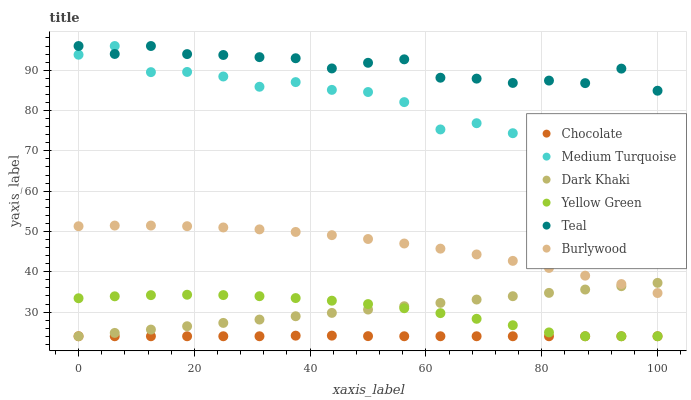
| xaxis_label | Chocolate | Medium Turquoise | Dark Khaki | Yellow Green | Teal | Burlywood |
 | --- | --- | --- | --- | --- | --- | --- |
 | 0 | 24 | 93.8 | 24 | 33.4 | 96 | 51.3 |
 | 6.25 | 24 | 96 | 24.8 | 33.9 | 94 | 51.5 |
 | 12.5 | 24 | 89.5 | 25.7 | 34.2 | 96 | 51.5 |
 | 18.8 | 24 | 89.6 | 26.5 | 34.3 | 94 | 51.3 |
 | 25 | 24 | 88.4 | 27.3 | 34.2 | 93.8 | 51 |
 | 31.2 | 24 | 85.9 | 28.1 | 33.9 | 93.2 | 50.5 |
 | 37.5 | 24.1 | 87 | 29 | 33.5 | 93 | 49.9 |
 | 43.8 | 24.2 | 85.1 | 29.8 | 32.8 | 90.4 | 49.1 |
 | 50 | 24 | 84.6 | 30.6 | 32 | 91.8 | 48.1 |
 | 56.2 | 24 | 82.1 | 31.5 | 31 | 92.7 | 47 |
 | 62.5 | 24 | 75.3 | 32.3 | 29.7 | 88.1 | 45.7 |
 | 68.8 | 24 | 76.9 | 33.1 | 28.3 | 87.9 | 44.3 |
 | 75 | 24 | 74.4 | 33.9 | 26.7 | 86.8 | 42.7 |
 | 81.2 | 24 | 72.5 | 34.8 | 25 | 87.4 | 40.9 |
 | 87.5 | 24 | 69.9 | 35.6 | 24 | 86.8 | 39 |
 | 93.8 | 24 | 68.9 | 36.4 | 24 | 90.4 | 37 |
 | 100 | 24 | 68.8 | 37.2 | 24 | 84.9 | 34.7 |